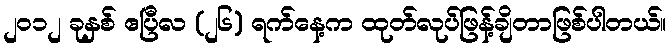
၂၀၁၂ ခုနှစ် ဧပြီလ (၂၆) ရက်နေ့က ထုတ်လုပ်ဖြန့်ချိတာဖြစ်ပါတယ်။